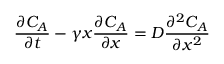
\frac { \partial C _ { A } } { \partial t } - \gamma x \frac { \partial C _ { A } } { \partial x } = D \frac { \partial ^ { 2 } C _ { A } } { \partial x ^ { 2 } }